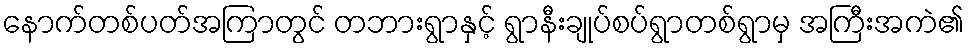
နောက်တစ်ပတ်အကြာတွင် တဘားရွာနှင့် ရွာနီးချုပ်စပ်ရွာတစ်ရွာမှ အကြီးအကဲ၏